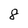
Character: 8